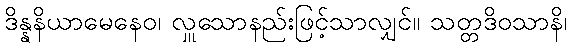
ဒိန္နနိယာမေနေဝ၊ လှူသောနည်းဖြင့်သာလျှင်။ သတ္တဒိဝသာနိ၊